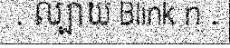
. ល្បាយ Blink n .